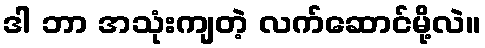
ဒါ ဘာ အသုံးကျတဲ့ လက်ဆောင်မို့လဲ။